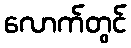
လောက်တွင်